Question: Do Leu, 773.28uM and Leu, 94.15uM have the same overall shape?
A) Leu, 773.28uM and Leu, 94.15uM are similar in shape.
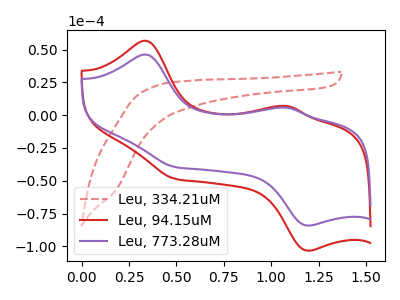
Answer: <think>The red dashed curve "Leu, 334.21uM" has no peaks. The red curve "Leu, 94.15uM" has anodic peaks at (0.35V, 56.75uA) (1.10V, 6.95uA) and cathodic peaks at (0.50V, -48.60uA) (1.20V, -103.40uA). The purple curve "Leu, 773.28uM" has anodic peaks at (0.35V, 46.20uA) (1.10V, 5.70uA) and cathodic peaks at (0.50V, -39.60uA) (1.20V, -84.25uA).
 All the peaks in "Leu, 773.28uM" have a peak in "Leu, 94.15uM" at the same potential. Every peak in "Leu, 773.28uM" is lower than every peak in "Leu, 94.15uM".</think>
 <answer>A) "Leu, 773.28uM" and "Leu, 94.15uM" are similar in shape.</answer>
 <eval>A</eval>